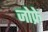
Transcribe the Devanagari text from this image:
जोफ्रे